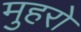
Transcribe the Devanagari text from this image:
मुहरो